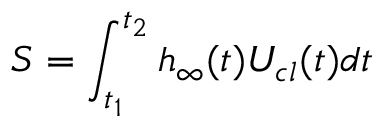
S = \int _ { t _ { 1 } } ^ { t _ { 2 } } h _ { \infty } ( t ) U _ { c l } ( t ) d t